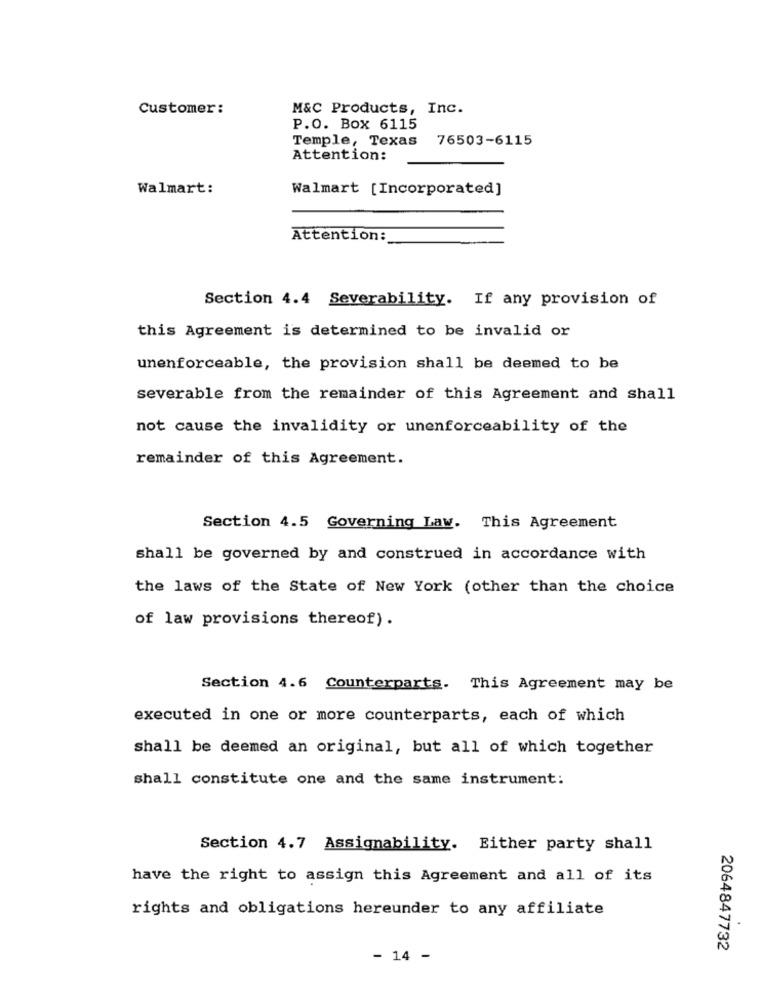
Customer:
M&C Products, Inc.
P.O. Box 6115
Temple, Texas 76503-6115
Attention:
Walmart:
Walmart [Incorporated]
Attention:
Section 4.4 Severability. If any provision of
this Agreement is determined to be invalid or
unenforceable, the provision shall be deemed to be
severable from the remainder of this Agreement and shall
not cause the invalidity or unenforceability of the
remainder of this Agreement.
Section 4.5 Governing Law. This Agreement
shall be governed by and construed in accordance with
the laws of the State of New York (other than the choice
of law provisions thereof).
Section 4.6 Counterparts. This Agreement may be
executed in one or more counterparts, each of which
shall be deemed an original, but all of which together
shall constitute one and the same instrument:
Section 4.7 Assignability. Either party shall
have the right to assign this Agreement and all of its
rights and obligations hereunder to any affiliate
2064847732
- 14 -